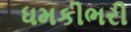
ધમકીભરી